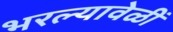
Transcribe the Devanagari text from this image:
भरल्यावेळीं